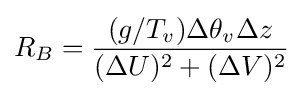
R_{B}={\frac {(g/T_{v})\Delta \theta _{v}\Delta z}{(\Delta U)^{2}+(\Delta V)^{2}}}